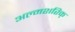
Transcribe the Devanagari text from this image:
अल्मशरिक्